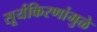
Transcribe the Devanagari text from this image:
सूर्यकिरणांमुळे